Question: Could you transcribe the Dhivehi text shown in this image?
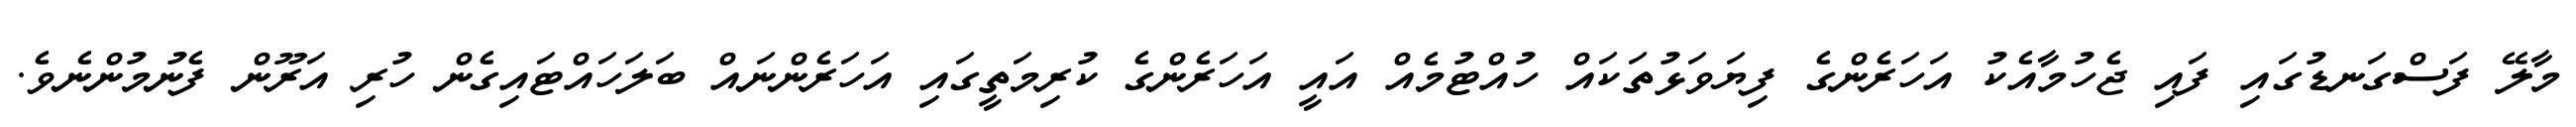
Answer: މާލޭ ފަސްގަނޑުގައި ފައި ޖެހުމާއެކު އަހަރެންގެ ފިޔަވަޅުތަކައް ހުއްޓުމެއް އައީ އަހަރެންގެ ކުރިމަތީގައި އަހަރެންނައް ބަލަހައްޓައިގެން ހުރި އަރޫން ފެނުމުންނެވެ.